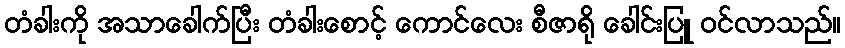
တံခါးကို အသာခေါက်ပြီး တံခါးစောင့် ကောင်လေး စီဇာရို ခေါင်းပြူ ဝင်လာသည်။